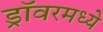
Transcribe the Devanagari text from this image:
ड्रॉवरमध्ये